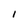
Character: l